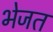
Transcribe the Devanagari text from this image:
भेजत